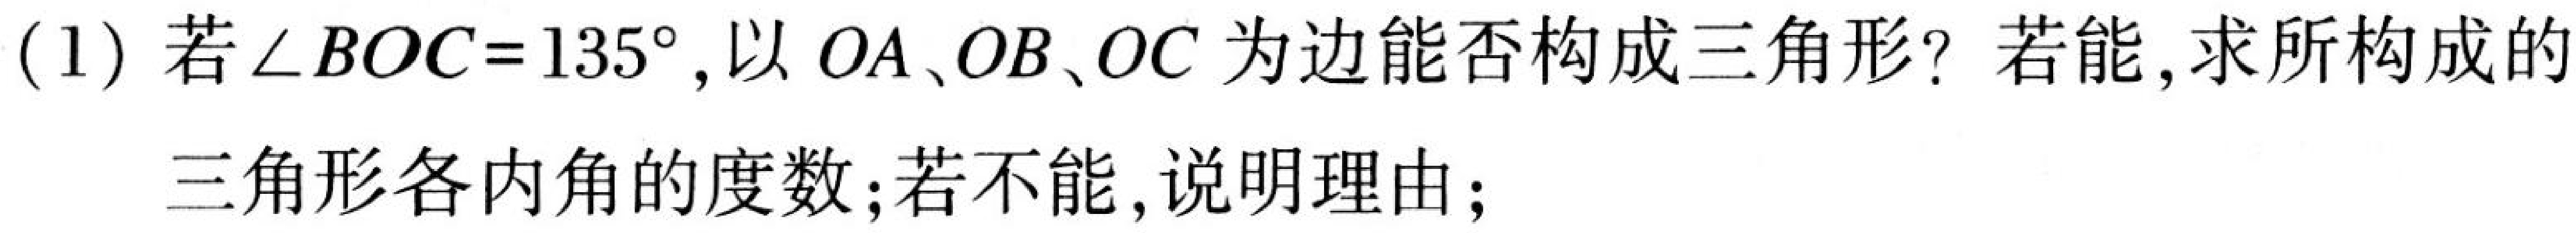
(1) 若\(\angle BOC = 135^{\circ}\),以\(OA、OB、OC\)为边能否构成三角形？若能,求所构成的三角形各内角的度数;若不能,说明理由;